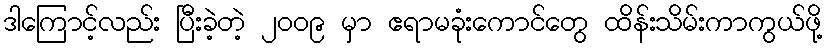
ဒါကြောင့်လည်း ပြီးခဲ့တဲ့ ၂၀၀၉ မှာ ဧရာမခုံးကောင်တွေ ထိန်းသိမ်းကာကွယ်ဖို့